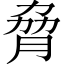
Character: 脅